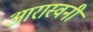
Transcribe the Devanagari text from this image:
आरास्वनी